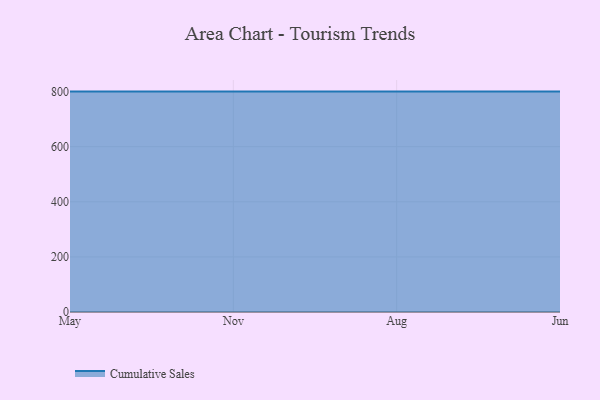
{"axis": {"x": "Month", "y": "Net Income (USD K)"}, "legend": ["Cumulative Sales"], "data": [{"x": "May", "y": 800, "type": "Cumulative Sales"}, {"x": "Nov", "y": 800, "type": "Cumulative Sales"}, {"x": "Aug", "y": 800, "type": "Cumulative Sales"}, {"x": "Jun", "y": 800, "type": "Cumulative Sales"}]}